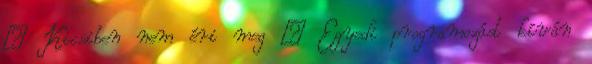
● Kicsiben nem éri meg ● Egyedi programozást kíván